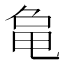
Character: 𬺞